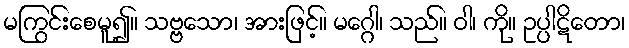
မကြွင်းစေမူ၍။ သဗ္ဗသော၊ အားဖြင့်။ မဂ္ဂေါ၊ သည်။ ဝါ၊ ကို။ ဥပ္ပါဋိတော၊